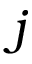
j